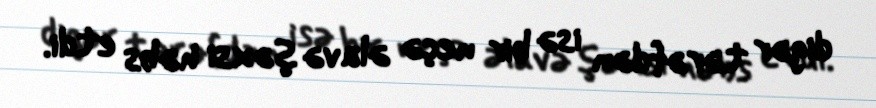
digər tərəfdən isə bir neçə əlavə şəxsi həbs etdi.